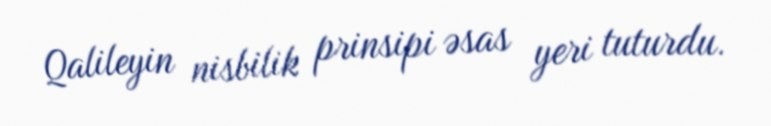
Qalileyin nisbilik prinsipi əsas yeri tuturdu.